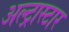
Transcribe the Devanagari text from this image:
अल्ट्रास्टार